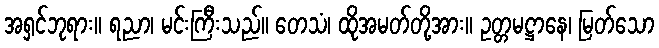
အရှင်ဘုရား။ ရညာ၊ မင်းကြီးသည်။ တေသံ၊ ထိုအမတ်တို့အား။ ဥတ္တမဋ္ဌာနေ၊ မြတ်သော